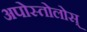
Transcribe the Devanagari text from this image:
अपोस्तोलोस्